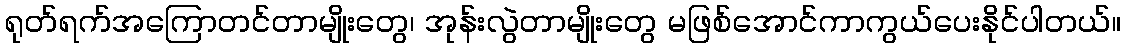
ရုတ်ရက်အကြောတင်တာမျိုးတွေ၊ အုန်းလွဲတာမျိုးတွေ မဖြစ်အောင်ကာကွယ်ပေးနိုင်ပါတယ်။